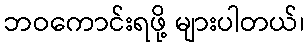
ဘဝကောင်းရဖို့ များပါတယ်၊